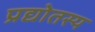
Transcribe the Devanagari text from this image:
प्रद्योतस्य